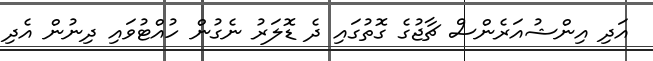
އަދި އިންޝުއަރެންސް ޗާޖުގެ ގޮތުގައި ދެ ޑޮލަރު ނެގުން ހުއްޓުވައި ދިނުން އެދި